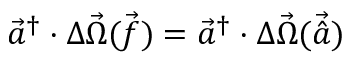
\Vec { a } ^ { \dagger } \cdot \Delta \vec { \Omega } { \Vec { ( f ) } } = \Vec { a } ^ { \dagger } \cdot \Delta \vec { \Omega } { \Vec { ( \hat { a } ) } }